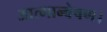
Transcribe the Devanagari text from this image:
आत्मान्वेषण।